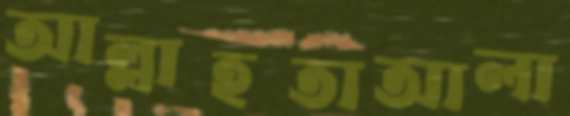
আল্লাহতাআলা